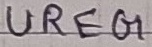
Text: UREG